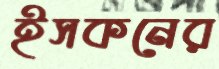
ইসকনের